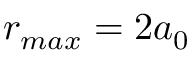
r _ { m a x } = 2 a _ { 0 }